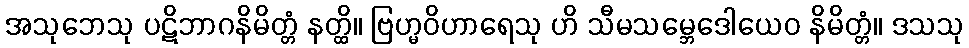
အသုဘေသု ပဋိဘာဂနိမိတ္တံ နတ္ထိ။ ဗြဟ္မဝိဟာရေသု ဟိ သီမသမ္ဘေဒေါယေဝ နိမိတ္တံ။ ဒသသု